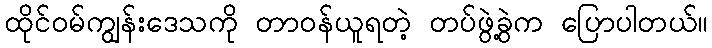
ထိုင်ဝမ်ကျွန်းဒေသကို တာဝန်ယူရတဲ့ တပ်ဖွဲ့ခွဲက ပြောပါတယ်။